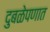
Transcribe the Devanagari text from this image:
दुबळेपणात